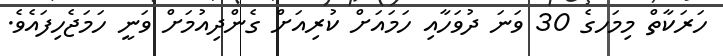
ހަރަކާތް މިމަހގެ 30 ވަނަ ދުވަހާއި ހަމައަށް ކުރިއަށް ގެންދިއުމަށް ވަނީ ހަމަޖެހިފައެވެ.